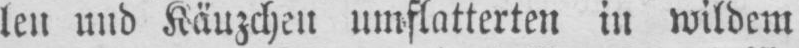
len und Käuzchen umflatterten in wildem